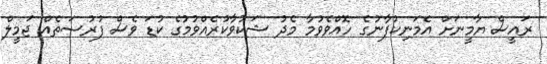
ރައީސް ޔާމީނަށް އެމަނިކުފާނުގެ ހޮއްވެވުމާ މެދު ޝަކުވާކުރެއްވުމުގެ ކުޑަ ވެސް ފުރުސަތެއް ޖަމީލް